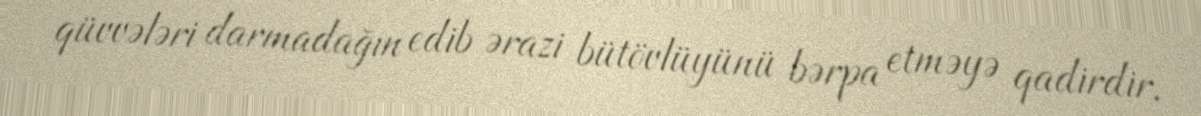
qüvvələri darmadağın edib ərazi bütövlüyünü bərpa etməyə qadirdir.